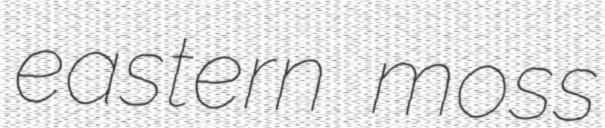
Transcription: eastern moss